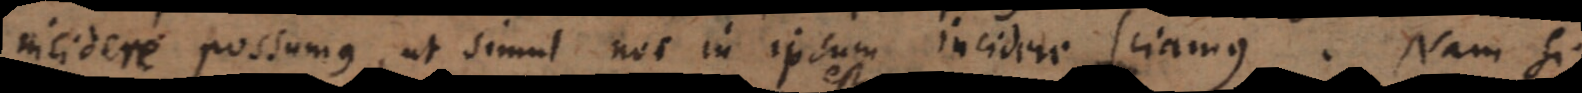
incidere possumus, ut simul nos in ipsum incidere sciamus. Uti